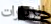
الزيارات